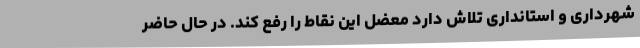
شهرداری و استانداری تلاش دارد معضل این نقاط را رفع کند. در حال حاضر